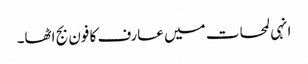
انہی لمحات میں عارف کا فون بج اٹھا۔